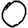
Digit: 0